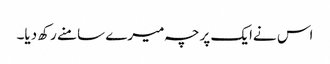
اس نےایک پرچہ میرے سامنے رکھ دیا۔